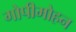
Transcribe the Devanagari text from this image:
गोपीमोहन